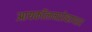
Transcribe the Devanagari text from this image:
आयकॉलमप्रोव्हायडर